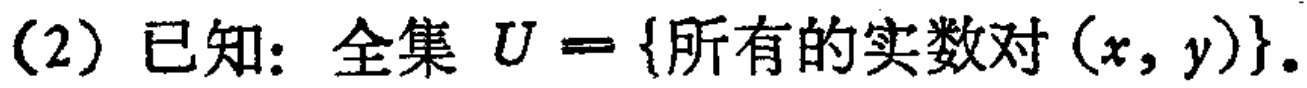
(2) 已知：全集 \(U = \{\text{所有的实数对}(x, y)\}\)。